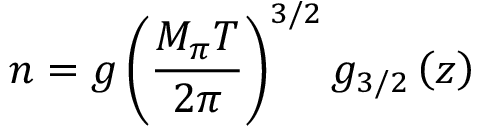
n = g \left( \frac { M _ { \pi } T } { 2 \pi } \right) ^ { 3 / 2 } g _ { 3 / 2 } \left( z \right)